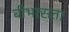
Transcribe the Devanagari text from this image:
बीभत्सता